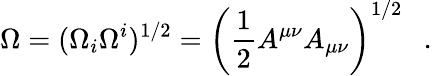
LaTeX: \Omega=(\Omega_{i}\Omega^{i})^{1/2}=\left(\frac 12A^{\mu\nu}A_{\mu\nu}\right)^{1/2}~~~.